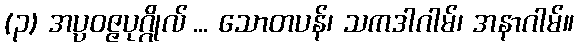
(၃) အပ္ပဝဇ္ဇပုဂ္ဂိုလ် ... သောတပန်၊ သကဒါဂါမ်၊ အနာဂါမ်။